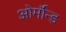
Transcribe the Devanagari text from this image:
ओर्मॉन्ड